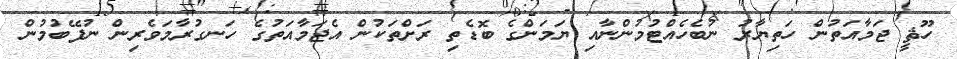
ހޫޘީ ޖަމާއަތުން ހަތިޔާރު ނުބެހެއްޓުމުންނާއި ޔަމަންގެ ބޮޑެތި ރަށްތަކުން އެޖަމާއަތުގެ ހަނގުރާމަވެރިން ނުފޭބުމުން